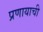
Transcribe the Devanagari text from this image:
प्रणायाची